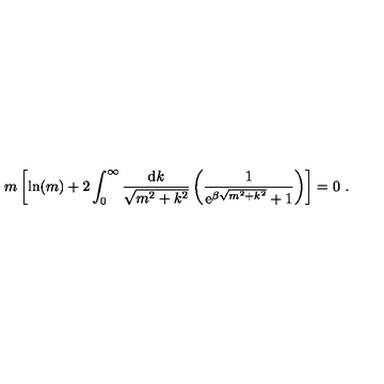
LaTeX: m \left[ \ln ( m ) + 2 \int _ { 0 } ^ { \infty } \frac { \mathrm { d } k } { \sqrt { m ^ { 2 } + k ^ { 2 } } } \left( \frac { 1 } { \mathrm { e } ^ { \beta \sqrt { m ^ { 2 } + k ^ { 2 } } } + 1 } \right) \right] = 0 \ .